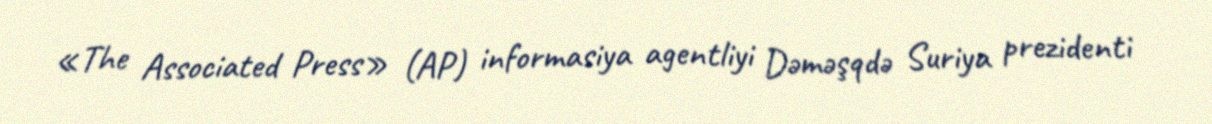
«The Associated Press» (AP) informasiya agentliyi Dəməşqdə Suriya prezidenti